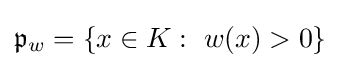
{\mathfrak {p}}_{w}=\{x\in K:\ w(x)>0\}